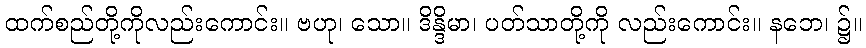
ထက်စည်တို့ကိုလည်းကောင်း။ ဗဟု၊ သော။ ဒိန္ဒိမာ၊ ပတ်သာတို့ကို လည်းကောင်း။ နဘေ၊ ၌။